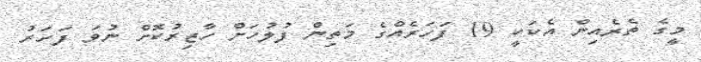
މީގެ ތެރެއިން އެކަކީ 19 ފަހަރެއްގެ މަތިން ފުލުހަށް ހާޒިރުކޮށް ނުވަ ފަހަރު